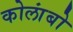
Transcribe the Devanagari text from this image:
कोलांबो